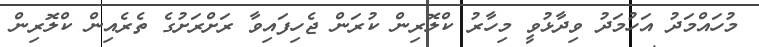
މުހައްމަދު އަހުމަދު ވިދާޅުވީ މިހާރު ކްލޮރިން ކުރަން ޖެހިފައިވާ ރަށްރަށުގެ ތެރެއިން ކްލޮރިން